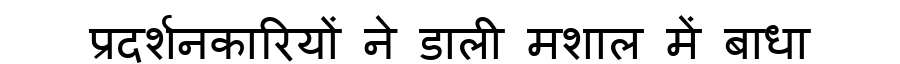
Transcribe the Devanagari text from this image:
प्रदर्शनकारियों ने डाली मशाल में बाधा